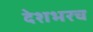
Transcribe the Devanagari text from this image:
देशभरच